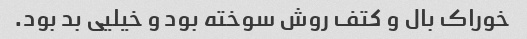
خوراک بال و کتف روش سوخته بود و خیلیی بد بود.